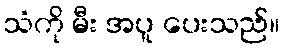
သံကို မီး အပူ ပေးသည်။